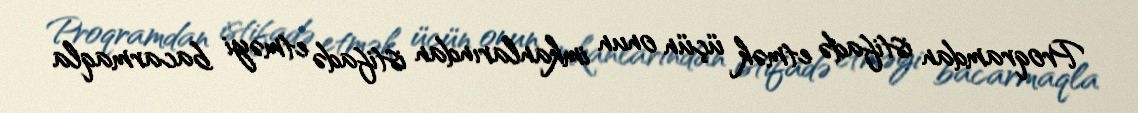
Proqramdan istifadə etmək üçün onun imkanlarından istifadə etməyi bacarmaqla